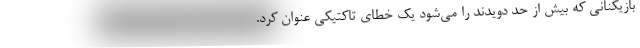
بازیکنانی که بیش از حد دویدند را می‌شود یک خطای تاکتیکی عنوان کرد.